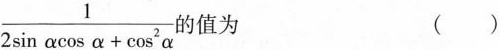
\frac{1}{2 \sin \alpha \cos \alpha+\cos ^{2}\alpha}值为()